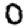
Digit: 0